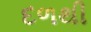
દળથી